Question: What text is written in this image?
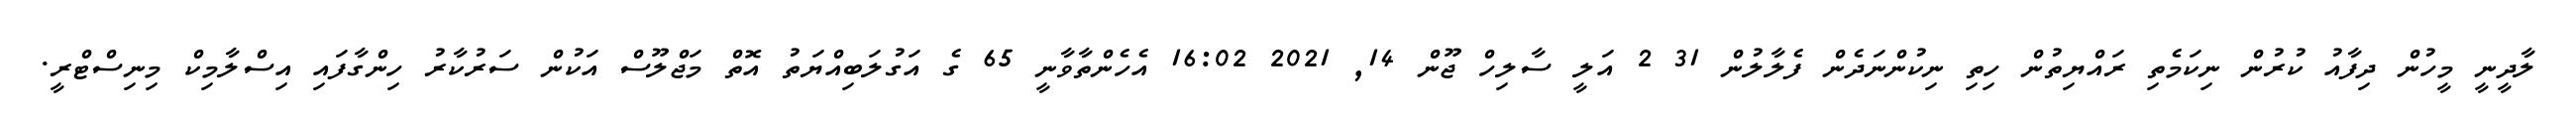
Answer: ލާދީނީ މީހުން ދިފާއު ކުރުން ނިކަމެތި ރައްޔިތުން ހިތި ނިކުންނަދެން ފެލާލުން 31 2 އަލީ ސާލިހް ޖޫން 14, 2021 16:02 އެހެންތާވާނީ 65 ގެ އަގުލަބިއްޔަތު އޮތް މަޖްލޫސް އަކުން ސަރުކާރު ހިންގާފައި އިސްލާމިކް މިނިސްޓްރީ.